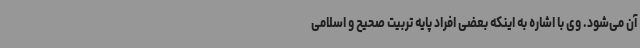
آن می‌شود. وی با اشاره به اینکه بعضی افراد پایه تربیت صحیح و اسلامی